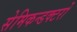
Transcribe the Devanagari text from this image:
सेमिकन्डक्टरों